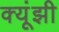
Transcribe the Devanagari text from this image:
क्यूंझी